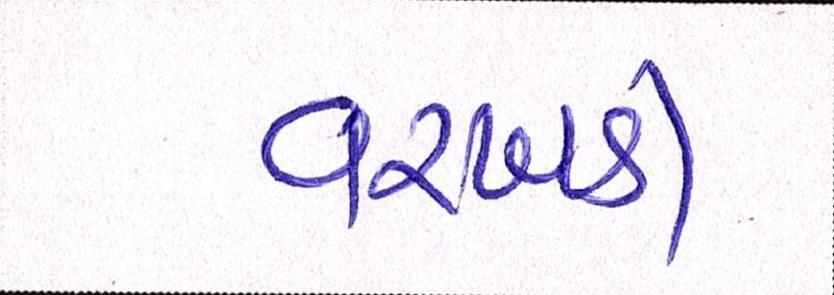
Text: વરખડી